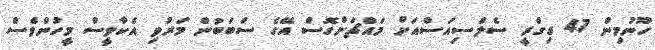
ހޫނުމިން 47 ޑިގްރީ ސެލްސިއަސްއަށް މައްޗަށްގޮސް އޭގެ ސަބަބުން މަރުވި އެކާވީސް މީހުންވެސް